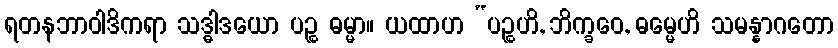
ရတနဘာဝါဒိကရာ သဒ္ဓါဒယော ပဉ္စ ဓမ္မာ။ ယထာဟ “ပဉ္စဟိ, ဘိက္ခဝေ, ဓမ္မေဟိ သမန္နာဂတော